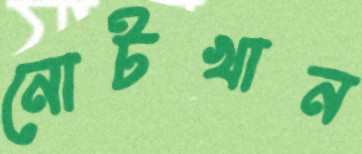
নোটখান